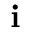
\mathbf { i }